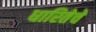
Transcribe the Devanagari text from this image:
धारितेचे